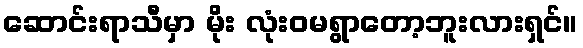
ဆောင်းရာသီမှာ မိုး လုံးဝမရွာတော့ဘူးလားရှင်။